Annual report on the working of the mental hospitals in the Madras Presidency - 1912-1932
Year: 1912
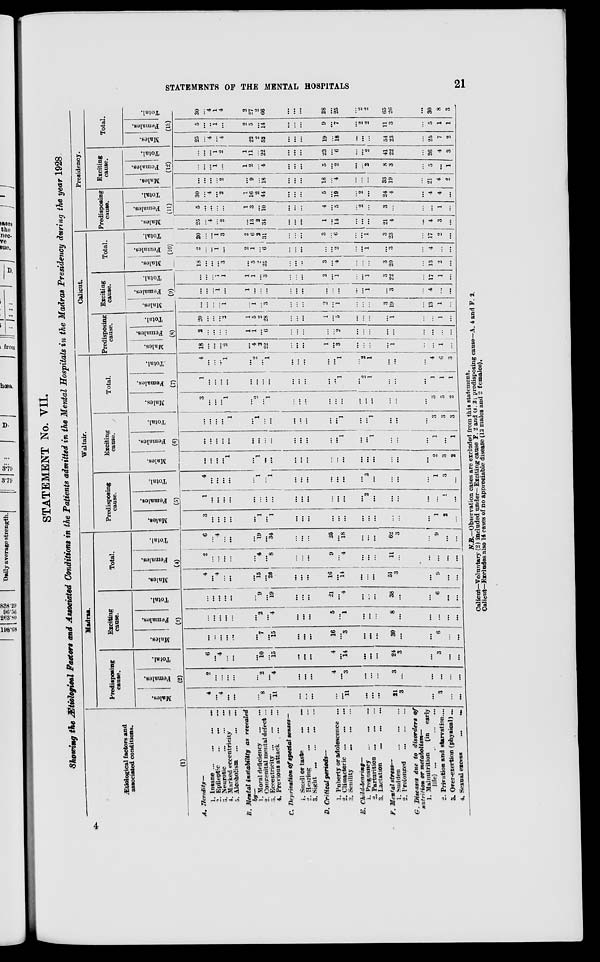
STATEMENTS OF THE MENTAL HOSPITALS
21
STATEMENT No. VII.
Showing the Ætiological Factors and Associated Conditions in the Patients admitted in the Mental Hospitals in the Madras Presidency during the year 1928
Ætiotogical factors and
associated conditions.
(1)
A. Heredity—
1. Insane ...
...
...
...
2. Epileptic
...
... ...
3. Neurotic
...
...
...
4. Marked eccentricity ...
5. Alcoholism ... ... ...
B. Mental instability
as revealed
by—
1. Moral deficiency
...
...
2. Congenital mental defect ...
3. Eccentricity ... ... ...
4. Previous attack
...
...
C. Deprivation of'special senses—
1. Smell or taste ... ...
2. Hearing ... ... ...
3. Sight
...
...
...
...
D. Critical
periods—
1. Puberty or adolescence ...
2. Climacteric ...
...
...
3. Senility ... ... ... ...
E. Child-bearing—
1. Pregnancy ... ... ...
2. Parturition ... ... ...
3. Lactation ... ... ... ...
F. Mental stress—
1. Sudden ... ... ... ...
2. Prolonged ... ... ... ...
G. Diseases due to disorders of
nutrition or metabolism—
1. Malnutrition
(in early
life)
...
...
...
...
2. Privation and starvation. ...
3. Over-exertion (physical) ...
4. Sexual excess
...
...
Madras.
Predisposing
cause.
Males.
Females.
Total.
(2)
4
...
4
...
...
... 8
...
11
...
...
...
...
...
11
...
...
...
21
3
...
3
...
...
2
...
...
...
...
... 2
...
4
...
...
...
4
...
3
...
...
...
3
...
...
...
...
...
6
...
4
...
...
...
10
...
15
...
...
...
4
...
14
...
...
...
24
3
...
3
...
...
Exciting
cause.
Males.
Females.
Total.
(3)
...
...
...
...
...
...
7
...
15
...
...
...
16
...
3
...
...
...
30
...
...
6
...
...
...
...
...
...
...
...
2
...
4
...
...
...
5
...
1
...
...
...
8
...
...
...
...
...
...
...
...
...
...
... 9
...
19
...
...
...
21
...
4
...
...
...
38
...
...
6
...
...
Total.
Males.
Females.
Total.
(4)
4
...
4
...
...
...
15
...
26
...
...
...
16
...
14
...
...
...
3
3
...
9
...
...
2
...
...
...
...
... 4
...
8
...
...
...
9
...
4
...
...
...
11
...
...
...
...
...
6
...
4 ...
...
... 19
...
34
...
...
...
25
...
18
...
...
...
62
3
...
9
...
...
Waltair.
Predisposing
cause.
Males.
Females.
Total.
(5)
3
...
...
...
...
...
1
...
1
...
...
...
...
...
...
...
...
...
...
...
...
1
2
...
1
...
...
...
...
... ...
...
...
...
...
...
...
...
...
...
2
...
...
...
...
...
1
...
4
...
...
...
...
... 1
...
1
...
...
...
...
...
...
...
2
...
...
...
...
1
3
...
Exciting
cause.
Males.
Females.
Total.
(6)
...
...
...
...
1
... 1
...
...
...
...
...
...
...
...
...
...
...
...
...
...
2
3
2
...
...
...
...
...
...
...
...
...
...
...
...
...
...
1
...
...
1
...
...
...
1
...
1
...
...
...
...
1
... 1
...
...
...
...
...
...
...
1
...
...
1
...
...
...
3
3
3
Total.
Males.
Females.
Total.
(7)
3
...
...
...
1
... 2
...
1
...
...
...
...
...
...
...
...
...
...
...
...
3
5
2
1
...
...
...
...
... ...
...
...
...
...
...
...
...
1
...
2
1
...
...
...
1
1
1
4
...
...
...
1
... 2
...
1
...
...
...
...
...
1
...
2 1
...
...
...
4
6
3
Calicut.
Predisposing
cause.
Males.
Females.
Total.
(8)
18
...
...
...
2
... 4
2
22
...
...
...
1
...
3
...
...
...
...
1
...
...
1
...
2
...
...
...
...
...
1
...
6
...
...
...
...
...
2
...
...
...
...
...
...
...
...
...
20
...
...
...
2
...
5
2
28
...
...
...
1
...
5
...
...
...
...
1
...
...
1
...
Exciting
cause.
Males.
Females.
Total.
(9)
...
...
...
...
1
...
1
...
3
...
...
...
2
...
1
...
...
...
3
19
...
13
1
...
...
...
...
1
...
...
...
...
...
...
...
...
...
...
...
...
...
1
...
3
...
4
...
...
...
...
... 1
1
...
1
...
3
...
...
...
2
...
1
...
...
1
3
22
...
17
1
...
Total.
Males.
Females.
Total.
(10)
18
...
...
...
3
...
5
2
25
...
...
...
3
...
4
...
...
3
20
...
13
2
...
2
...
...
1
...
...
1
...
6
...
...
...
...
...
2
...
...
1
...
3
...
4
...
...
20
...
...
1
3
... 6
2 31
...
...
...
3
... 6
...
...
1
3
23
...
17
2
...
Presidency.
Predisposing
cause.
Males.
Females.
Total.
(11)
25
...
4
...
2
...
13
2
31
...
...
...
1
...
14
...
...
...
21
4
...
4
3
...
5
...
...
...
...
...
3
...
10
...
...
...
4
...
5
...
2
...
3
...
...
...
1
...
30
...
4
...
2
...
16
2
44
...
...
...
5
...
19
...
2
...
24
4
...
4
4
...
Exciting
cause.
Males.
Females.
Total.
(12)
...
...
...
...
2
... 9
...
18
...
...
...
18
...
4
...
...
...
33
19
...
21
4
2
...
...
...
1
...
...
2
...
4
...
...
...
5
...
2
...
...
2
8
3
...
5
...
1
...
...
...
1
2
...
11
...
22
...
...
...
23
...
6
...
...
2
41
22
...
26
4
3
Total.
Males.
Females.
Total.
(13)
25
...
4
...
4
...
22
2
52
...
...
...
19
...
18
...
...
...
54
23
...
25
7
2
5
...
..
1
...
...
5
...
14
...
...
...
9
...
7
...
2
2
11
3
...
5
1
1
30
...
4
1
4
...
27
2
66
...
...
...
28
...
25
...
2
2
65
26
...
30
8
3
N.B.—Observation cases are excluded from this statement.
Calicut—Voluntary (2) included under—Exciting cause F. 2 and G. 2; predisposing cause—A. 4 and F. 2.
Calicut—Excludes also 14 cases of no appreciable disease (12 males and 2 females).